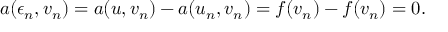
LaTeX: a ( \epsilon _ { n } , v _ { n } ) = a ( u , v _ { n } ) - a ( u _ { n } , v _ { n } ) = f ( v _ { n } ) - f ( v _ { n } ) = 0 .